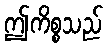
ဤကိစ္စသည်